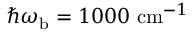
\hbar \omega _ { \mathrm { b } } = 1 0 0 0 \ \mathrm { c m } ^ { - 1 }